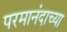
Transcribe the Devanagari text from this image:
परमानंदाच्या